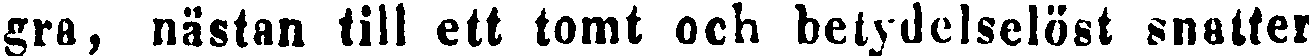
gra, nästan till ett tomt och betydelselöst snalter